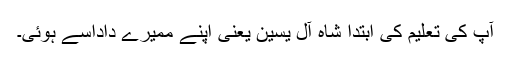
آپ کی تعلیم کی ابتدا شاہ آل یٰسین یعنی اپنے ممیرے داداسے ہوئی۔